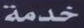
خدمة